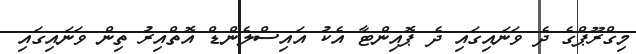
މިގްރޫޕްގެ ދެ ވަނައިގައި ދެ ޕޮއިންޓާ އެކު އައިސްލެންޑް އޮތްއިރު ތިން ވަނައިގައި